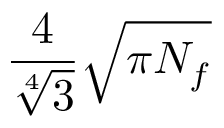
\frac { 4 } { \sqrt [ 4 ] { 3 } } \sqrt { \pi N _ { f } }